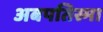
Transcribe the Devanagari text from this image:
अबपतिस्मा